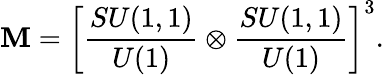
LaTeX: {\cal\mathbf{M}}=\left[{\frac{{SU(1,1)}}{{U(1)}}}\otimes{\frac{{SU(1,1)}}{{U(1)}}}\right]^{3}.